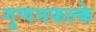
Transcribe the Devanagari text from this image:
गुणनफल्के